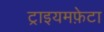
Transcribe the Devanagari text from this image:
ट्राइयमफ़ेटा